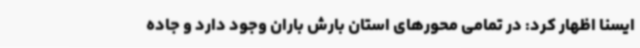
ایسنا اظهار کرد: در تمامی محورهای استان بارش باران وجود دارد و جاده